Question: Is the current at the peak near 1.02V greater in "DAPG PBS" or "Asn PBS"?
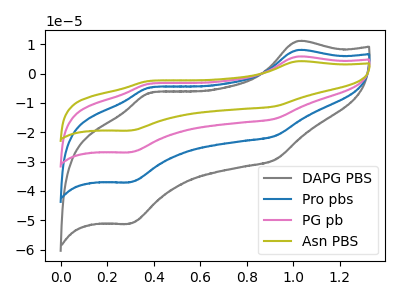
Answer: <think>The gray curve "DAPG PBS" has anodic peaks at (1.00V, 11.00uA) (0.40V, -6.55uA) and cathodic peaks at (0.90V, -29.40uA) (0.30V, -51.20uA). The blue curve "Pro pbs" has anodic peaks at (1.00V, 8.00uA) (0.40V, -4.75uA) and cathodic peaks at (0.90V, -21.25uA) (0.30V, -37.05uA). The pink curve "PG pb" has anodic peaks at (1.00V, 15.95uA) (0.40V, -9.45uA) and cathodic peaks at (0.90V, -42.55uA) (0.30V, -74.15uA). The olive curve "Asn PBS" has anodic peaks at (1.00V, 23.95uA) (0.40V, -14.20uA) and cathodic peaks at (0.90V, -63.80uA) (0.30V, -111.20uA).</think>
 <answer>The peak at 1.02V is lower in "DAPG PBS" than in "Asn PBS".</answer>
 <eval>lower</eval>